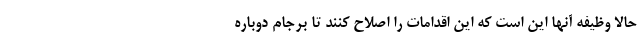
حالا وظیفه آنها این است که این اقدامات را اصلاح کنند تا برجام دوباره